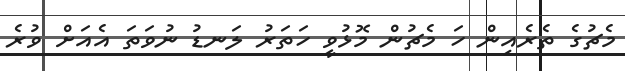
މެޗުގެ ތެރެއިން ހަ މެޗުން މޮޅުވީ ހަތަރު ލަނޑު ނުވަތަ އެއަށް ވުރެ